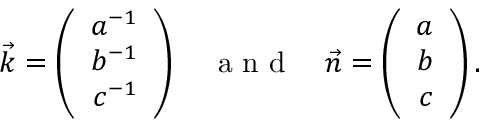
\vec { k } = \left( \begin{array} { r } { a ^ { - 1 } } \\ { b ^ { - 1 } } \\ { c ^ { - 1 } } \end{array} \right) \enspace \enspace \mathrm { ~ a ~ n ~ d ~ } \enspace \enspace \vec { n } = \left( \begin{array} { r } { a } \\ { b } \\ { c } \end{array} \right) .